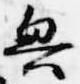
興